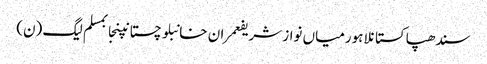
سندھپاکستانلاہورمیاں نواز شریفعمران خانبلوچستانپنجابمسلم لیگ (ن)